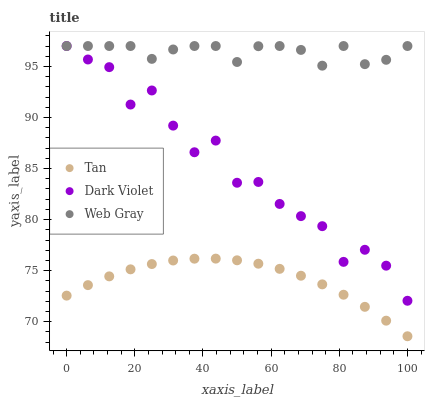
| xaxis_label | Tan | Dark Violet | Web Gray |
 | --- | --- | --- | --- |
 | 0 | 72.6 | 97 | 97 |
 | 6.25 | 73.6 | 95.7 | 97 |
 | 12.5 | 74.4 | 94.9 | 97 |
 | 18.8 | 75.1 | 91.3 | 97 |
 | 25 | 75.6 | 92.6 | 95.7 |
 | 31.2 | 76 | 89.2 | 96.7 |
 | 37.5 | 76.2 | 86.6 | 97 |
 | 43.8 | 76.2 | 87.7 | 97 |
 | 50 | 76 | 83.6 | 95.4 |
 | 56.2 | 75.7 | 83.7 | 97 |
 | 62.5 | 75.2 | 81.5 | 97 |
 | 68.8 | 74.5 | 80.3 | 96.6 |
 | 75 | 73.7 | 79.4 | 95.1 |
 | 81.2 | 72.6 | 75.9 | 97 |
 | 87.5 | 71.5 | 77 | 95.2 |
 | 93.8 | 70.1 | 75.5 | 95.6 |
 | 100 | 68.6 | 72.1 | 97 |